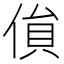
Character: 𠋏